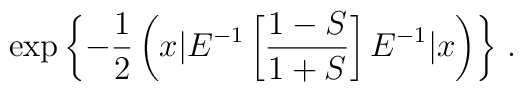
\exp \left\{{-\frac{1}{2}\left(x | E^{-1} \left[ \frac{1 - S}{1 + S} \right]E^{-1} | x\right)}\right\}  \,.